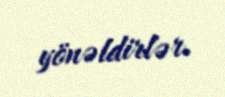
yönəldirlər.